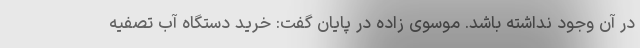
در آن وجود نداشته باشد. موسوی زاده در پایان گفت: خرید دستگاه آب تصفیه